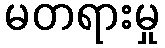
မတရားမှု